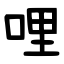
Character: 哩